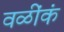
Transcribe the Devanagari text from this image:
वळींकं